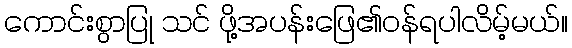
ကောင်းစွာပြု သင် ဖို့အပန်းဖြေ၏ဝန်ရပါလိမ့်မယ်။